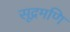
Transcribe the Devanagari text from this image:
सूद्रमणि